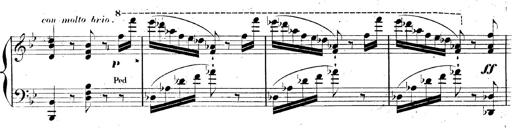
Title: AnnÃ©es de pÃ¨lerinage II, SupplÃ©ment
Composer: Franz Liszt